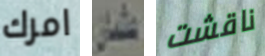
امرك عثمان ناقشت